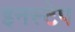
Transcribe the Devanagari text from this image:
इनस्टेप